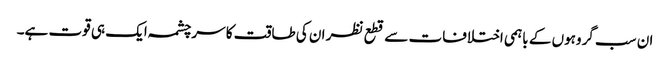
ان سب گروہوں کے باہمی اختلافات سے قطع نظر ان کی طاقت کا سرچشمہ ایک ہی قوت ہے۔